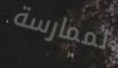
لممارسة